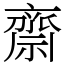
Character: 齋